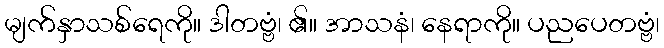
မျက်နှာသစ်ရေကို။ ဒါတဗ္ဗံ၊ ၏။ အာသနံ၊ နေရာကို။ ပညပေတဗ္ဗံ၊